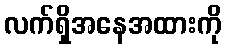
လက်ရှိအနေအထားကို